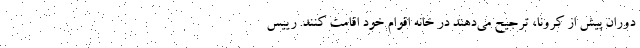
دوران پیش از کرونا، ترجیح می‌دهند در خانه اقوام خود اقامت کنند. رییس